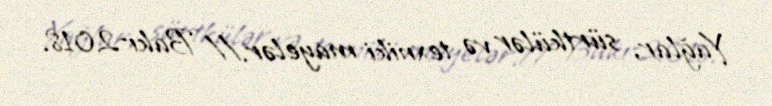
Yağlar, sürtkülər və texniki mayelər.// Bakı-2018.